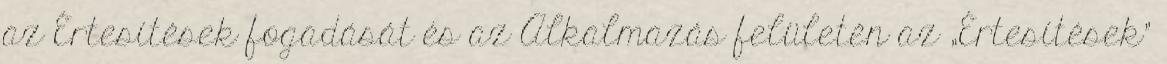
az Értesítések fogadását és az Alkalmazás felületén az „Értesítések”